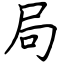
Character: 局